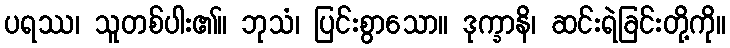
ပရဿ၊ သူတစ်ပါး၏။ ဘုသံ၊ ပြင်းစွာသော။ ဒုက္ခာနိ၊ ဆင်းရဲခြင်းတို့ကို။